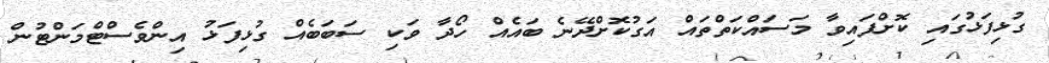
ގުޅިފަޅުގައި ކޮށްފައިވާ މަސައްކަތްތައް އަގުކޮށްދޭނެ ބައެއް ހޯދާ ވަކި ސަބަބެއް ގުޅިފަޅު އިންވެސްޓްމަންޓުން